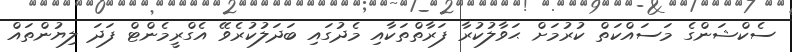
ސެކްޝަންގެ މަސައްކަތް ކުރުމަށް ޙަވާލުކުރާ ފަރާތްތަކާއި މެދުގައި ބަދަލުކުރެވޭ އެގްރީމެންޓް ފަދަ ލިޔުންތައް